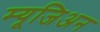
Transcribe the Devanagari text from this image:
म्यूजिअन